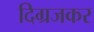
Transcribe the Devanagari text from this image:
दिग्रजकर